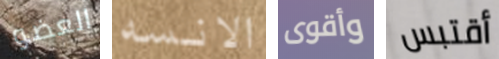
العضو الانسه وأقوى أقتبس